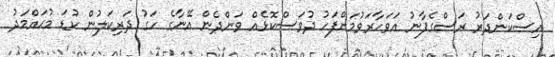
އިސްކަންދަރު ރަސްގެފާނު އަވަހާރަވުމަށްފަހު ދުވަސްކޮޅެއް ވަންދެން އޭނާގެ ހަގު ދަރިކަލުން ކުޑަ މުޙައްމަދު